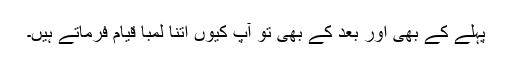
پہلے کے بھی اور بعد کے بھی تو آپ کیوں اتنا لمبا قیام فرماتے ہیں۔